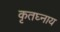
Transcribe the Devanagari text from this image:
कृतघ्नाय